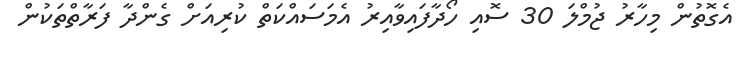
އެގޮތުން މިހާރު ޖުމްލަ 30 ސޮއި ހޯދާފައިވާއިރު އެމަސައްކަތް ކުރިއަށް ގެންދާ ފަރާތްތަކުން